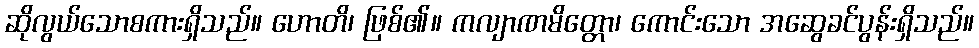
ဆိုလွယ်သောစကားရှိသည်။ ဟောတိ၊ ဖြစ်၏။ ကလျာဏမိတ္တော၊ ကောင်းသော အဆွေခင်ပွန်းရှိသည်။